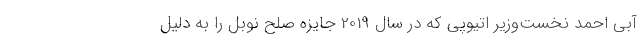
آبی احمد نخست‌وزیر اتیوپی که در سال 2019 جایزه صلح نوبل را به دلیل